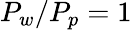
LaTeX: P_{w}/P_{p}=1